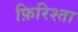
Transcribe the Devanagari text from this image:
फ़िरिश्ता